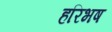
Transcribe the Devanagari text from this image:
हरिभष